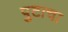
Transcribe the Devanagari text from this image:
पुटाचा